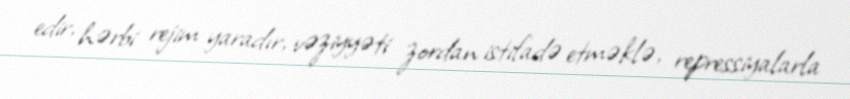
edir, hərbi rejim yaradır, vəziyyəti zordan istifadə etməklə, repressiyalarla